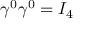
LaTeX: \gamma ^ { 0 } \gamma ^ { 0 } = I _ { 4 }